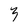
Character: 3